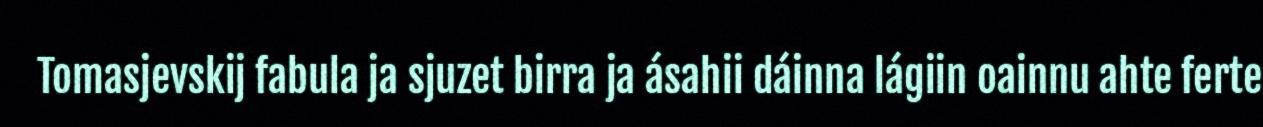
Tomasjevskij fabula ja sjuzet birra ja ásahii dáinna lágiin oainnu ahte ferte